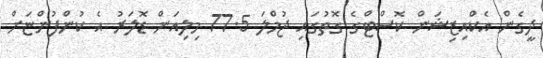
ދީގެން އެކްއިޒިޝަން ކޮސްޓްގެ ގޮތުގައި ޖުމްލަ 77.5 މިލިއަން ޑޮލަރު އެ ކުންފުންޏަށް